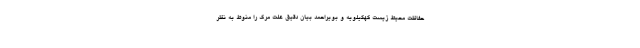
حفاظت محیط زیست کهگیلویه و بویراحمد بیان دقیق علت مرگ را منوط به نظر